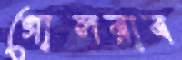
গোলরাব